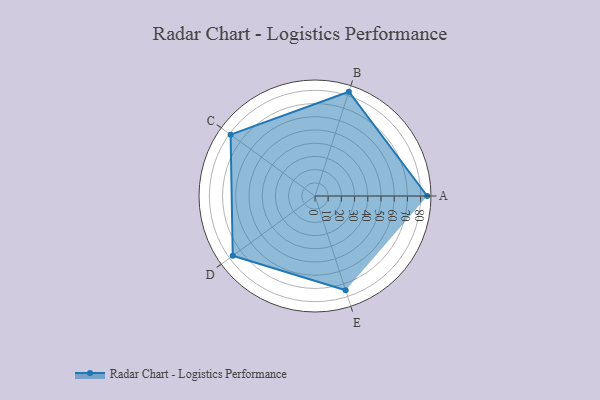
{"axis": {"x": "Skill", "y": "Score"}, "legend": ["Profile"], "data": [{"x": "A", "y": 85.0, "type": "Profile"}, {"x": "B", "y": 83.0, "type": "Profile"}, {"x": "C", "y": 79.0, "type": "Profile"}, {"x": "D", "y": 77.0, "type": "Profile"}, {"x": "E", "y": 75.0, "type": "Profile"}]}